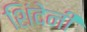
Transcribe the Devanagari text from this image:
शिंदेनी